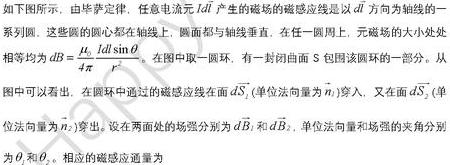
如下所示，由毕萨定律，任意电流元 $Id\vec{l}$ 产生的磁场的磁感应线是以 $d\vec{l}$ 方向为轴线的一系列圆，这些圆的圆心都在轴线上，圆面都与轴线垂直，在任一圆周上，元磁场的大小处处相等均为 $dB = \frac{\mu_0}{4\pi} \frac{Idl\sin\theta}{r^2}$。在图中取一圆环，有一封闭曲面 $S$ 包围该圆环的一部分。从图中可以看出，在圆环中通过的磁感应线在面 $d\vec{S}_1$ (单位法向量为 $\vec{n}_1$) 穿入，又在面 $d\vec{S}_2$ (单位法向量为 $\vec{n}_2$) 穿出。设在两处的场强分别为 $d\vec{B}_1$ 和 $d\vec{B}_2$，单位法向量和场强的夹角分别为 $\theta_1$ 和 $\theta_2$，相应的磁感应通量为